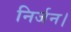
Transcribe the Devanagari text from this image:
निर्जन।